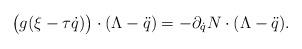
LaTeX: \begin{align*} \bigl(g(\xi-\tau \dot q)\bigr)\cdot (\Lambda-\ddot q)=-\partial_{\dot q}N\cdot(\Lambda-\ddot q).\end{align*}